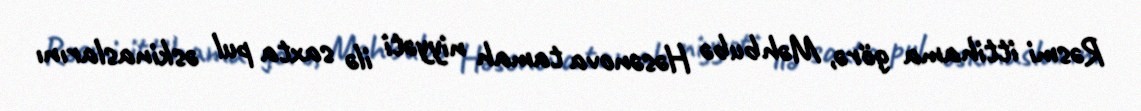
Rəsmi ittihama görə, Məhbubə Həsənova tamah niyyəti ilə saxta pul əskinaslarını